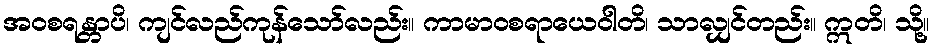
အဝစရန္တာပိ၊ ကျင်လည်ကုန်သော်လည်း။ ကာမာဝစရာယေဝါတိ၊ သာလျှင်တည်း။ ဣတိ၊ သို့။